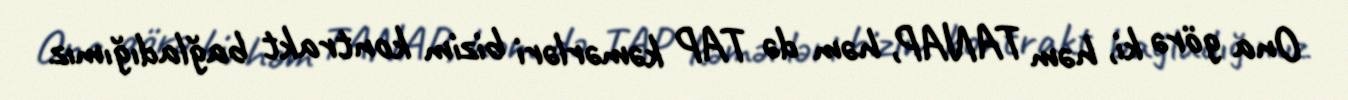
Ona görə ki, həm TANAP, həm də TAP kəmərləri bizim kontrakt bağladığımız